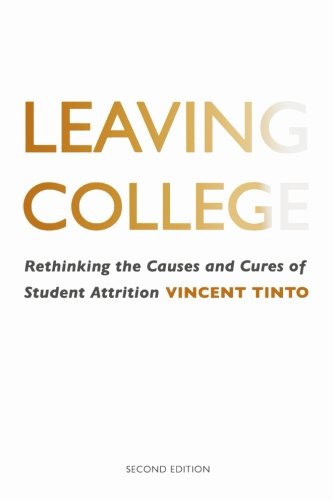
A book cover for Leaving College: Rethinking the Causes and Cures of Student Attrition; Vincent Tinto; Education & Teaching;